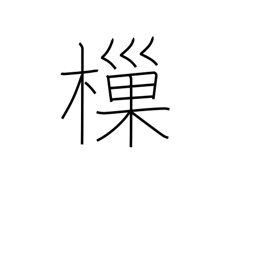
Meaning: dip up